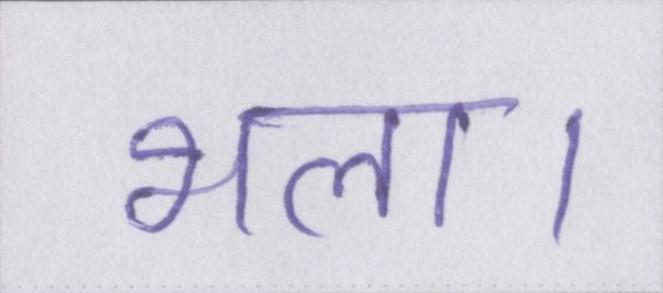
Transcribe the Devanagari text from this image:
भला।